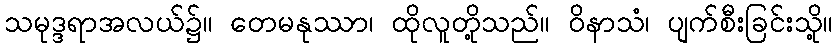
သမုဒ္ဒရာအလယ်၌။ တေမနုဿာ၊ ထိုလူတို့သည်။ ဝိနာသံ၊ ပျက်စီးခြင်းသို့။